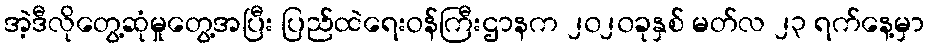
အဲ့ဒီလိုတွေ့ဆုံမှုတွေ့အပြီး ပြည်ထဲရေးဝန်ကြီးဌာနက ၂၀၂၀ခုနှစ် မတ်လ ၂၃ ရက်နေ့မှာ